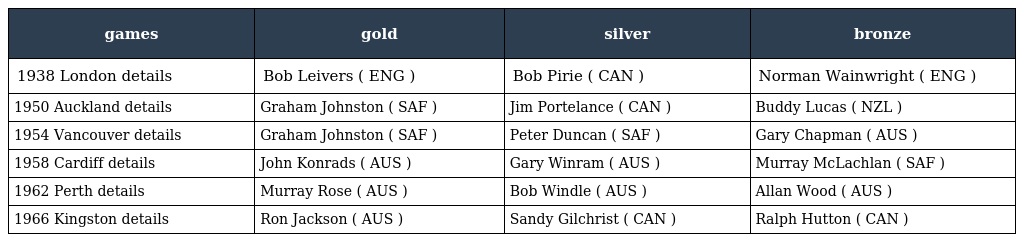
| games | gold | silver | bronze |
 | --- | --- | --- | --- |
 | 1938 London details | Bob Leivers ( ENG ) | Bob Pirie ( CAN ) | Norman Wainwright ( ENG ) |
 | 1950 Auckland details | Graham Johnston ( SAF ) | Jim Portelance ( CAN ) | Buddy Lucas ( NZL ) |
 | 1954 Vancouver details | Graham Johnston ( SAF ) | Peter Duncan ( SAF ) | Gary Chapman ( AUS ) |
 | 1958 Cardiff details | John Konrads ( AUS ) | Gary Winram ( AUS ) | Murray McLachlan ( SAF ) |
 | 1962 Perth details | Murray Rose ( AUS ) | Bob Windle ( AUS ) | Allan Wood ( AUS ) |
 | 1966 Kingston details | Ron Jackson ( AUS ) | Sandy Gilchrist ( CAN ) | Ralph Hutton ( CAN ) |